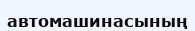
автомашинасының